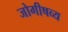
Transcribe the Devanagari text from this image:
जोगीषव्य